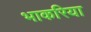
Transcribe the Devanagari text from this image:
भाकरिया